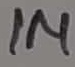
Text: 1M